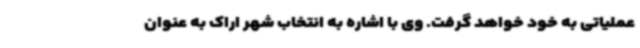
عملیاتی به خود خواهد گرفت. وی با اشاره به انتخاب شهر اراک به عنوان